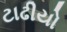
ટાઢીયો